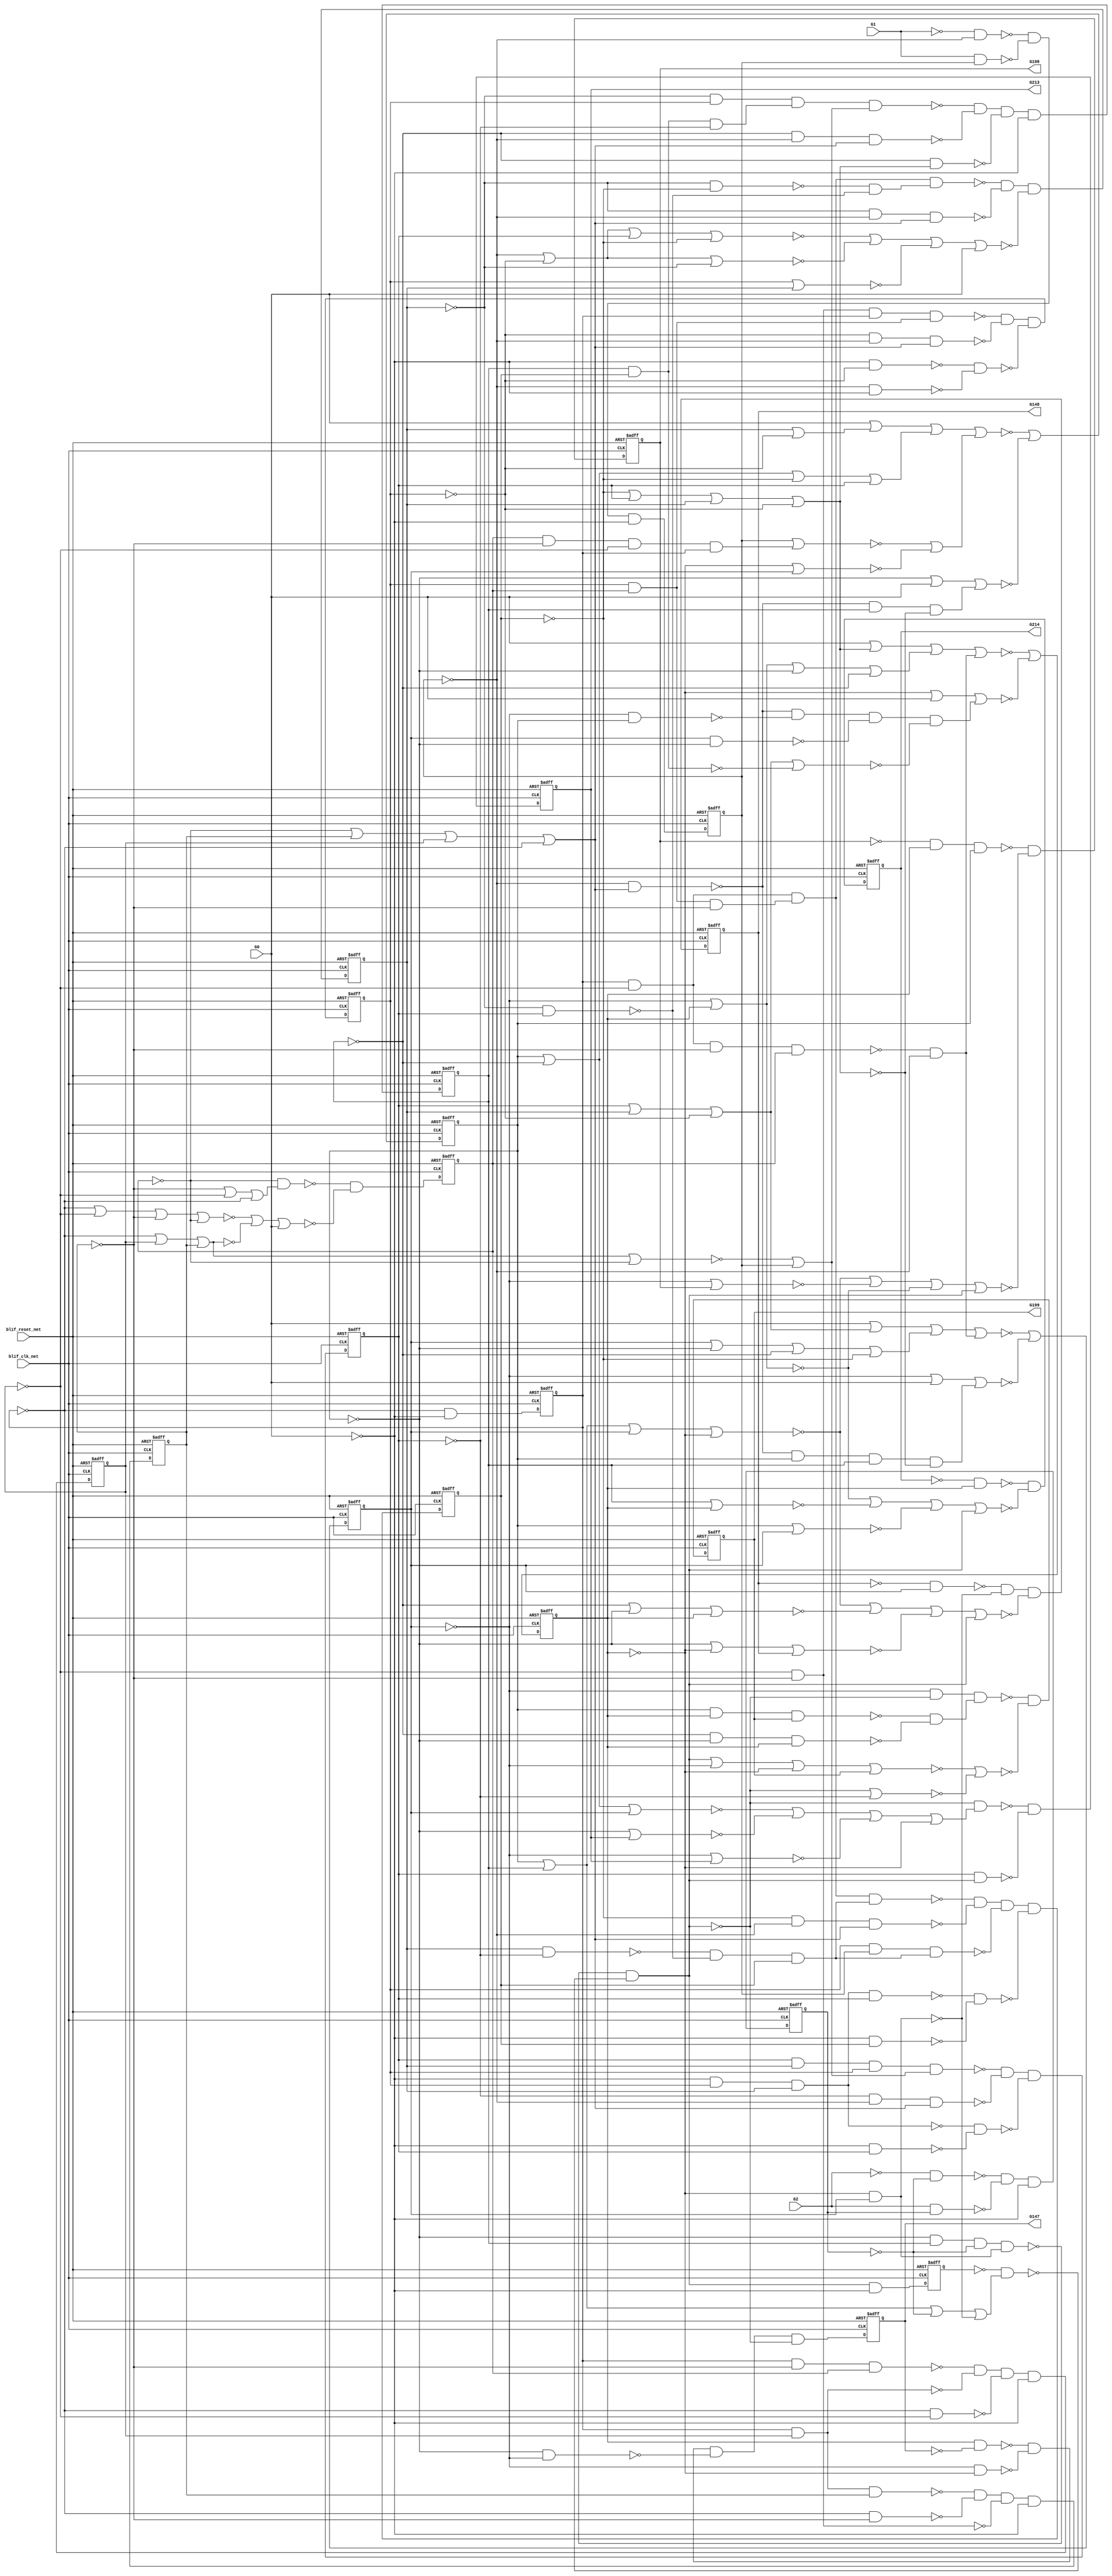
module s526n_bench(
  blif_clk_net,
  blif_reset_net,
  G0,
  G1,
  G2,
  G147,
  G148,
  G198,
  G199,
  G213,
  G214);
input blif_clk_net;
input blif_reset_net;
input G0;
input G1;
input G2;
output G147;
output G148;
output G198;
output G199;
output G213;
output G214;
reg G10;
reg G11;
reg G12;
reg G13;
reg G14;
reg G15;
reg G16;
reg G17;
reg G18;
reg G19;
reg G20;
reg G21;
reg G22;
reg G23;
reg G24;
reg G25;
reg G26;
reg G27;
reg G28;
reg G29;
reg G30;
wire G178;
wire G50;
wire G120;
wire G95;
wire II368;
wire G167;
wire G196;
wire II351;
wire G79;
wire G138;
wire G61;
wire G207;
wire G140;
wire G161;
wire G209;
wire G200;
wire G77;
wire G93;
wire G191;
wire G105;
wire G137;
wire G165;
wire G144;
wire G129;
wire G193;
wire G174;
wire G134;
wire G41;
wire G146;
wire G83;
wire G160;
wire G35;
wire G122;
wire G80;
wire G117;
wire G184;
wire G132;
wire G151;
wire G158;
wire G65;
wire G113;
wire G81;
wire G73;
wire G58;
wire G176;
wire G163;
wire G210;
wire G43;
wire G153;
wire G189;
wire II268;
wire G114;
wire G85;
wire II285;
wire G74;
wire G115;
wire G175;
wire G103;
wire II343;
wire G172;
wire G51;
wire G187;
wire G49;
wire G118;
wire G157;
wire G130;
wire G177;
wire G208;
wire II362;
wire G54;
wire G211;
wire G42;
wire G67;
wire G107;
wire G71;
wire G87;
wire G31;
wire G69;
wire G90;
wire G126;
wire G202;
wire G169;
wire G75;
wire G47;
wire G111;
wire G142;
wire G171;
wire G40;
wire G206;
wire G101;
wire G57;
wire G121;
wire G166;
wire G159;
wire G149;
wire G33;
wire G139;
wire G109;
wire G162;
wire G197;
wire G164;
wire G68;
wire G37;
wire G145;
wire G66;
wire G136;
wire G185;
wire G125;
wire G192;
wire G195;
wire G181;
wire G141;
wire G204;
wire G190;
wire G123;
wire G168;
wire G155;
wire G56;
wire G44;
wire G39;
wire G128;
wire G46;
wire G94;
wire G91;
wire G59;
wire G179;
wire G97;
wire G62;
wire G102;
wire G150;
wire G104;
wire G99;
wire II288;
wire G152;
wire G135;
wire G116;
wire G112;
wire G60;
wire G82;
wire G64;
wire G188;
wire G84;
wire G205;
wire G86;
wire G92;
wire G34;
wire G45;
wire G201;
wire G89;
wire G182;
wire G170;
wire G76;
wire G212;
wire G63;
wire G98;
wire G72;
wire G55;
wire G133;
wire G78;
wire G186;
wire G203;
wire G96;
wire II365;
wire G183;
wire G38;
wire G127;
wire G48;
wire G53;
wire II359;
wire G36;
wire G156;
wire G194;
wire G173;
wire II340;
wire G108;
wire G110;
wire G88;
wire G32;
wire G180;
wire G119;
wire G131;
wire G143;
wire G100;
wire G70;
wire G154;
wire G52;
wire G124;
wire G106;
always @(posedge blif_clk_net or posedge blif_reset_net)
  if(blif_reset_net == 1)
    G10 <= 0;
  else
    G10 <= G60;
always @(posedge blif_clk_net or posedge blif_reset_net)
  if(blif_reset_net == 1)
    G11 <= 0;
  else
    G11 <= G61;
always @(posedge blif_clk_net or posedge blif_reset_net)
  if(blif_reset_net == 1)
    G12 <= 0;
  else
    G12 <= G62;
always @(posedge blif_clk_net or posedge blif_reset_net)
  if(blif_reset_net == 1)
    G13 <= 0;
  else
    G13 <= G69;
always @(posedge blif_clk_net or posedge blif_reset_net)
  if(blif_reset_net == 1)
    G14 <= 0;
  else
    G14 <= G79;
always @(posedge blif_clk_net or posedge blif_reset_net)
  if(blif_reset_net == 1)
    G15 <= 0;
  else
    G15 <= G84;
always @(posedge blif_clk_net or posedge blif_reset_net)
  if(blif_reset_net == 1)
    G16 <= 0;
  else
    G16 <= G89;
always @(posedge blif_clk_net or posedge blif_reset_net)
  if(blif_reset_net == 1)
    G17 <= 0;
  else
    G17 <= G96;
always @(posedge blif_clk_net or posedge blif_reset_net)
  if(blif_reset_net == 1)
    G18 <= 0;
  else
    G18 <= G101;
always @(posedge blif_clk_net or posedge blif_reset_net)
  if(blif_reset_net == 1)
    G19 <= 0;
  else
    G19 <= G106;
always @(posedge blif_clk_net or posedge blif_reset_net)
  if(blif_reset_net == 1)
    G20 <= 0;
  else
    G20 <= G115;
always @(posedge blif_clk_net or posedge blif_reset_net)
  if(blif_reset_net == 1)
    G21 <= 0;
  else
    G21 <= G127;
always @(posedge blif_clk_net or posedge blif_reset_net)
  if(blif_reset_net == 1)
    G22 <= 0;
  else
    G22 <= G137;
always @(posedge blif_clk_net or posedge blif_reset_net)
  if(blif_reset_net == 1)
    G23 <= 0;
  else
    G23 <= G167;
always @(posedge blif_clk_net or posedge blif_reset_net)
  if(blif_reset_net == 1)
    G24 <= 0;
  else
    G24 <= G173;
always @(posedge blif_clk_net or posedge blif_reset_net)
  if(blif_reset_net == 1)
    G25 <= 0;
  else
    G25 <= G179;
always @(posedge blif_clk_net or posedge blif_reset_net)
  if(blif_reset_net == 1)
    G26 <= 0;
  else
    G26 <= G183;
always @(posedge blif_clk_net or posedge blif_reset_net)
  if(blif_reset_net == 1)
    G27 <= 0;
  else
    G27 <= G188;
always @(posedge blif_clk_net or posedge blif_reset_net)
  if(blif_reset_net == 1)
    G28 <= 0;
  else
    G28 <= G194;
always @(posedge blif_clk_net or posedge blif_reset_net)
  if(blif_reset_net == 1)
    G29 <= 0;
  else
    G29 <= G200;
always @(posedge blif_clk_net or posedge blif_reset_net)
  if(blif_reset_net == 1)
    G30 <= 0;
  else
    G30 <= G206;
assign G178 = ((~G164))|((~G165))|((~G166))|((~G189));
assign G50 = (G16)|(G17);
assign G95 = ((~G44)&(~G45));
assign G120 = (G124&G122&G123);
assign II368 = ((~G28));
assign G167 = ((~G169)&(~G170)&(~G171)&(~G193));
assign G196 = (G195&G13);
assign II351 = ((~G2));
assign G79 = ((~G80)&(~G81)&(~G82)&(~G211));
assign G138 = (G140&G20&G141&G142);
assign G61 = ((~G76)&(~G77)&(~G78)&(~G211));
assign G207 = ((~G212));
assign G140 = ((~G21));
assign G161 = (G20)|(G13);
assign G209 = (G207&G208);
assign G200 = ((~G203)&(~G204)&(~G211));
assign G77 = (G10&G11);
assign G93 = (G94&G122&G123);
assign G191 = (G189&G190);
assign G105 = ((~G51)&(~G52));
assign G137 = ((~G138)&(~G139)&(~G211));
assign G165 = (G163)|(G172)|(G13);
assign G144 = (G145&G146);
assign G129 = ((~G131))|((~G20))|((~G19))|((~G104));
assign G193 = ((~G143)&(~G144));
assign G174 = ((~G24));
assign G134 = (G131)|(G211)|(G132);
assign G41 = ((~G104))|((~G116))|((~G16))|((~G37));
assign G146 = ((~G140))|((~G135))|((~G29))|((~G142));
assign G147 = ((~II285));
assign G198 = ((~II340));
assign G83 = ((~G10));
assign G160 = (G184)|(G13);
assign G35 = (G10&G107&G90&G15);
assign G80 = (G10&G11&G14);
assign G122 = ((~G30));
assign G117 = ((~G124)&(~G112)&(~G18));
assign G184 = ((~G12));
assign G132 = ((~G34)&(~G124)&(~G125));
assign G151 = (G184)|(G13);
assign G158 = (G193)|(G184)|(G177)|(G26);
assign G65 = ((~G12));
assign G113 = ((~G54)&(~G55)&(~G56));
assign G81 = (G83&G90);
assign G73 = ((~G38)&(~G39)&(~G40)&(~G41));
assign G58 = (G59&G19);
assign G176 = (G177&G12);
assign G210 = (G212&G30);
assign G163 = ((~G20));
assign G43 = (G83)|(G11)|(G14);
assign G148 = ((~II288));
assign G114 = ((~G57)&(~G58));
assign G153 = (G172)|(G27);
assign G189 = ((~G193));
assign II268 = ((~G112));
assign G85 = ((~G15));
assign II285 = ((~G23));
assign G74 = (G211)|(G125)|(G70)|(G71);
assign G115 = ((~G119)&(~G120)&(~G121)&(~G126));
assign G175 = (G174&G12);
assign G103 = (G104&G122&G123);
assign II343 = ((~G26));
assign G172 = ((~G21));
assign G51 = (G59&G16&G17);
assign G187 = ((~G158))|((~G159));
assign G49 = (G122)|(G94)|(G116);
assign G118 = ((~G53))|((~G122));
assign G157 = ((~G18));
assign G130 = ((~G32))|((~G33));
assign G177 = ((~G13));
assign II362 = ((~G1));
assign G208 = ((~G30));
assign G54 = (G17&G104);
assign G211 = ((~II359));
assign G67 = (G211)|(G63)|(G64)|(G71);
assign G42 = (G83)|(G107)|(G90)|(G85);
assign G107 = ((~G11));
assign G71 = ((~G35)&(~G30));
assign G87 = (G85&G86);
assign G31 = ((~G85)&(~G14)&(~G11)&(~G83));
assign G69 = ((~G74))|((~G75));
assign G213 = ((~II365));
assign G90 = ((~G14));
assign G126 = ((~G59));
assign G75 = (G72)|(G211)|(G73);
assign G169 = (G13&G168);
assign G202 = ((~G29));
assign G111 = (G16&G30&G113);
assign G47 = (G116&G18);
assign G142 = ((~G13)&(~G136));
assign G171 = (G172&G184);
assign G40 = (G12&G131);
assign G206 = ((~G209)&(~G210)&(~G211));
assign G101 = ((~G102)&(~G103)&(~G105));
assign G121 = (G124&G125);
assign G57 = (G59&G16&G17&G18);
assign G166 = (G172)|(G177)|(G24);
assign G159 = (G189)|(G157);
assign G149 = (G20)|(G21)|(G12)|(G177);
assign G33 = (G72)|(G12);
assign G139 = (G145&G146);
assign G109 = (G107&G10&G108&G113);
assign G197 = ((~G160))|((~G161))|((~G162))|((~G189));
assign G162 = (G21)|(G12);
assign G164 = (G20)|(G21)|(G12)|(G177);
assign G68 = (G65)|(G211)|(G66);
assign G37 = ((~G124)&(~G112));
assign G145 = ((~G22));
assign G66 = ((~G36)&(~G131)&(~G124)&(~G125));
assign G136 = ((~G12));
assign G185 = ((~G155)&(~G156));
assign G192 = (G18&G193);
assign G125 = ((~G19))|((~G104))|((~G116))|((~G16));
assign G195 = ((~G28));
assign G181 = (G180&G13&G21);
assign G141 = ((~G29));
assign G204 = (G205&G29);
assign G190 = ((~G152))|((~G153))|((~G154))|((~G13));
assign G168 = ((~G23));
assign G123 = ((~G15))|((~G90))|((~G107))|((~G10));
assign G56 = ((~II268));
assign G155 = (G21&G13&G26);
assign G39 = (G65&G21);
assign G44 = (G59&G94);
assign G128 = ((~G116))|((~G16));
assign G199 = ((~II343));
assign G46 = (G116&G112);
assign G94 = ((~G16));
assign G91 = ((~G94)&(~G85));
assign G59 = ((~G211));
assign G179 = ((~G181)&(~G182));
assign G97 = ((~G46)&(~G47));
assign G62 = ((~G67))|((~G68));
assign G102 = (G18&G17&G16&G118);
assign G150 = (G184)|(G25);
assign G104 = ((~G18));
assign G99 = (G116&G122&G123);
assign II288 = ((~G24));
assign G152 = (G163)|(G21)|(G12);
assign G135 = ((~G20));
assign G116 = ((~G17));
assign G60 = ((~G10)&(~G211));
assign G112 = ((~G19));
assign G82 = (G107&G90);
assign G64 = ((~G65))|((~G21))|((~G20))|((~G19));
assign G188 = ((~G191)&(~G192));
assign G84 = ((~G87)&(~G88));
assign G205 = ((~II351));
assign G86 = ((~G14))|((~G11))|((~G10));
assign G92 = (G90&G107&G10&G91);
assign G34 = (G122&G123);
assign G201 = ((~G205));
assign G45 = (G122&G59);
assign G182 = ((~G149))|((~G150))|((~G151))|((~G189));
assign G89 = ((~G92)&(~G93)&(~G95));
assign G170 = (G184&G177);
assign G214 = ((~II368));
assign G76 = (G10&G90&G15);
assign G212 = ((~II362));
assign G63 = ((~G104))|((~G116))|((~G16));
assign G98 = (G107&G10&G108&G97);
assign G72 = ((~G13));
assign G55 = (G116&G18);
assign G133 = (G211)|(G128)|(G129)|(G130);
assign G78 = (G83&G107);
assign G186 = (G184&G189&G185);
assign G203 = (G201&G202);
assign G96 = ((~G98)&(~G99)&(~G100));
assign II365 = ((~G27));
assign G183 = ((~G186)&(~G187));
assign G38 = (G122&G123);
assign G127 = ((~G133))|((~G134));
assign G48 = (G122)|(G94)|(G18)|(G112);
assign G53 = (G83)|(G11)|(G14)|(G85);
assign II359 = ((~G0));
assign G36 = (G122&G123);
assign G156 = (G163&G172&G13);
assign G173 = ((~G175)&(~G176)&(~G178));
assign G194 = ((~G196)&(~G197));
assign II340 = ((~G25));
assign G108 = ((~G94)&(~G85)&(~G14));
assign G110 = (G112&G122&G123);
assign G88 = ((~G42))|((~G43))|((~G59));
assign G32 = (G30)|(G31);
assign G180 = ((~G25));
assign G119 = (G116&G16&G117&G118);
assign G131 = ((~G21));
assign G143 = (G140&G20&G141&G142);
assign G100 = ((~G48))|((~G49))|((~G50))|((~G59));
assign G70 = ((~G72))|((~G12))|((~G21))|((~G20));
assign G154 = (G184)|(G27);
assign G124 = ((~G20));
assign G52 = (G59&G18);
assign G106 = ((~G109)&(~G110)&(~G111)&(~G114));
endmodule